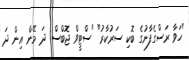
"ހަވާ ރަސްގެފާނުގެ ބޮކި ސަރުކާރު" "ސްޓީވް ޖޮބްސް: ދަ މޭން އިން ދަ